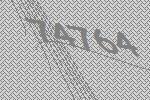
74764